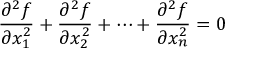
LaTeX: { \frac { \partial ^ { 2 } f } { \partial x _ { 1 } ^ { 2 } } } + { \frac { \partial ^ { 2 } f } { \partial x _ { 2 } ^ { 2 } } } + \cdots + { \frac { \partial ^ { 2 } f } { \partial x _ { n } ^ { 2 } } } = 0